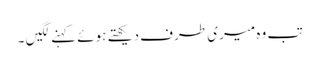
تب وہ میری طرف دیکھتے ہوئے کہنے لگیں ۔